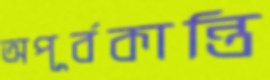
অপূর্বকান্তি